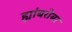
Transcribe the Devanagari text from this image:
ह्यांबरोबर